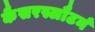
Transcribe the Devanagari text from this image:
कैसरस्लौटर्न